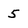
Character: 5